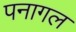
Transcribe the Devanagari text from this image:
पनागल